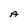
Character: A